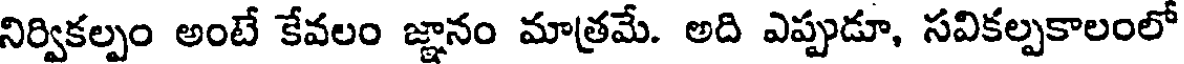
నిర్వికల్పం అంటే కేవలం జ్ఞానం మాత్రమే. అది ఎప్పుడూ, సవికల్పకాలంలో